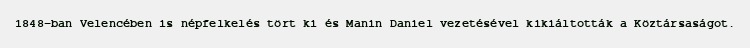
1848-ban Velencében is népfelkelés tört ki és Manin Daniel vezetésével kikiáltották a Köztársaságot.